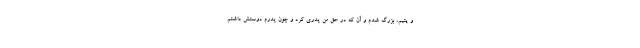
و یتیم، بزرگ شدم و آن که در حق من پدری کرد و چون پدرم دوستش داشتم